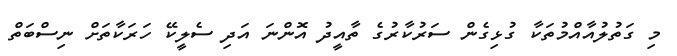
މި ގަތުލުއާއްމުތަކާ ގުޅިގެން ސަރުކާރުގެ ތާއީދު އޮންނަ އަދި ސެލީކޭ ހަރަކާތަށް ނިސްބަތް